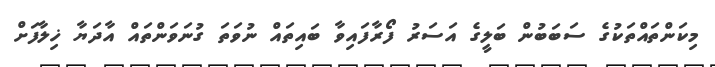
މިކަންތައްތަކުގެ ސަބަބުން ބަލީގެ އަސަރު ފޯރާފައިވާ ބައިތައް ނުވަތަ ގުނަވަންތައް އާދަޔާ ޚިލާފަށް